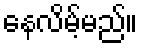
နေလိမ့်မည်။